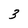
Character: 3